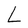
Character: L